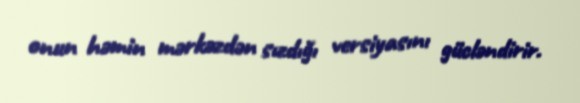
onun həmin mərkəzdən sızdığı versiyasını gücləndirir.